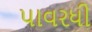
પાવરધી